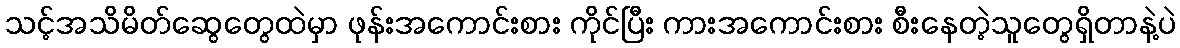
သင့်အသိမိတ်ဆွေတွေထဲမှာ ဖုန်းအကောင်းစား ကိုင်ပြီး ကားအကောင်းစား စီးနေတဲ့သူတွေရှိတာနဲ့ပဲ